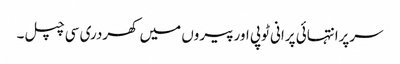
سرپرانتہائی پرانی ٹوپی اورپیروں میں کھردری سی چپل۔